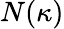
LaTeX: N(\kappa)